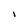
Character: 1